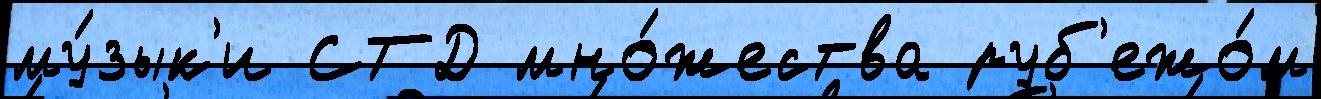
му́зык'и СТД мно́жества руб'ежо́м